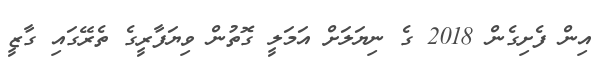
އިން ފެށިގެން 2018 ގެ ނިޔަލަށް އަމަލީ ގޮތުން ވިޔަފާރީގެ ތެރޭގައި ގާޒީ